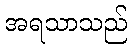
အရသာသည်